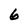
Character: 6